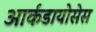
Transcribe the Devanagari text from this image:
आर्कडायोसेस